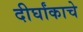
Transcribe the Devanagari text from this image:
दीर्घांकाचे